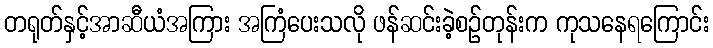
တရုတ်နှင့်အာဆီယံအကြား အကြံပေးသလို ဖန်ဆင်းခဲ့စဉ်တုန်းက ကုသနေရကြောင်း